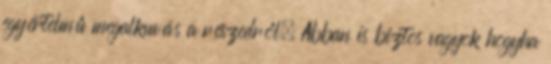
egyértelmű megalkuvás a részedről. Abban is biztos vagyok hogyha